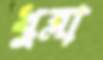
খুব্‌লা